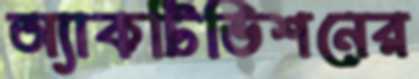
অ্যাকটিভিশনের